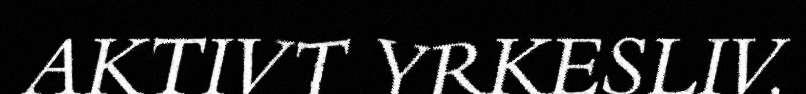
AKTIVT YRKESLIV.